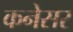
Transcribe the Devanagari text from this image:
कनेसर